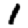
Digit: 1